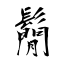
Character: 鬜